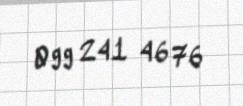
099 241 46 76